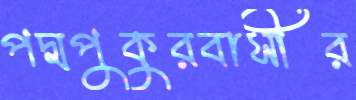
পদ্মপুকুরবাসীর